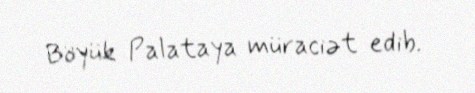
Böyük Palataya müraciət edib.